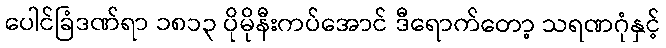
ပေါင်ခြံဒဏ်ရာ ၁၈၁၃ ပိုမိုနီးကပ်အောင် ဒီရောက်တော့ သရဏဂုံနှင့်